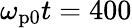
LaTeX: \omega_{\mathrm{p0}}t=400